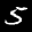
Label: 5